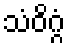
သံဝိဂ္ဂံ